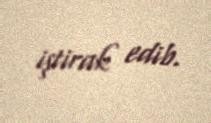
iştirak edib.